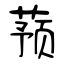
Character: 蓣